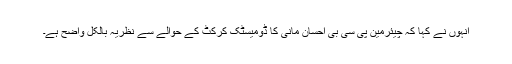
انہوں نے کہا کہ چیئرمین پی سی بی احسان مانی کا ڈومیسٹک کرکٹ کے حوالے سے نظریہ بالکل واضح ہے۔